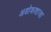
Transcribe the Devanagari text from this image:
अडोकशाजा